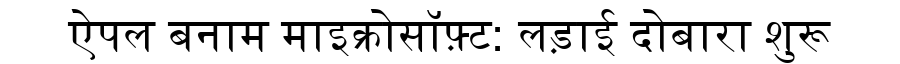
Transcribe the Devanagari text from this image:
ऐपल बनाम माइक्रोसॉफ़्ट: लड़ाई दोबारा शुरू